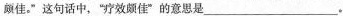
颇佳，”这句话中，”疗效颇佳”的意思是___。